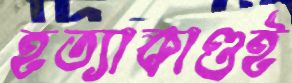
হত্যাকাণ্ডই